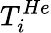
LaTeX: T_{i}^{He}